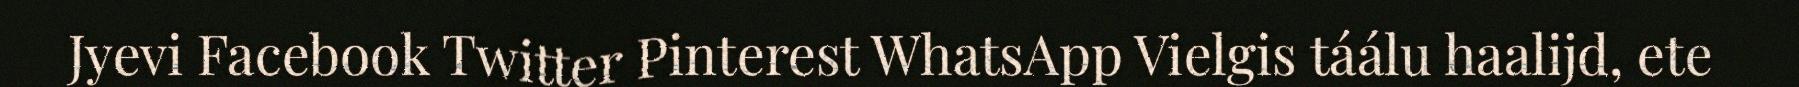
Jyevi Facebook Twitter Pinterest WhatsApp Vielgis táálu haalijd, ete